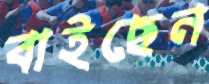
বাইছেন